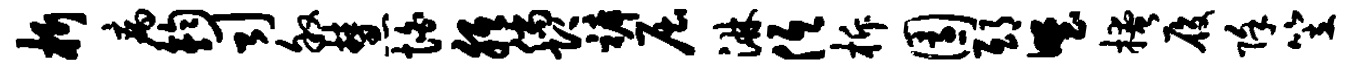
析病钧司叙慧怕胝倘即裤屈淋低柝园邸野掩履除笠